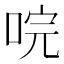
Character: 唍